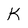
Character: K